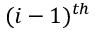
( i - 1 ) ^ { t h }